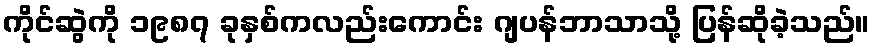
ကိုင်ဆွဲကို ၁၉၈၇ ခုနှစ်ကလည်းကောင်း ဂျပန်ဘာသာသို့ ပြန်ဆိုခဲ့သည်။